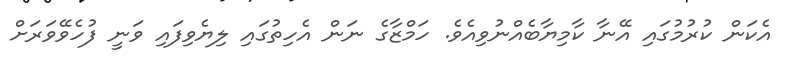
އެކަން ކުރުމުގައި އޭނާ ކާމިޔާބެއްނުވިއެވެ. ހަމްޒާގެ ނަން އެހިތުގައި ލިޔެވިފައި ވަނީ ފުހެވޭވަރަށް